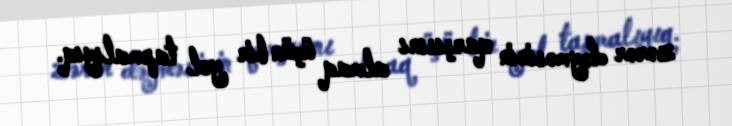
zərər dəyməsinin qarşısını almaq üçün bir yol tapmalıyıq.